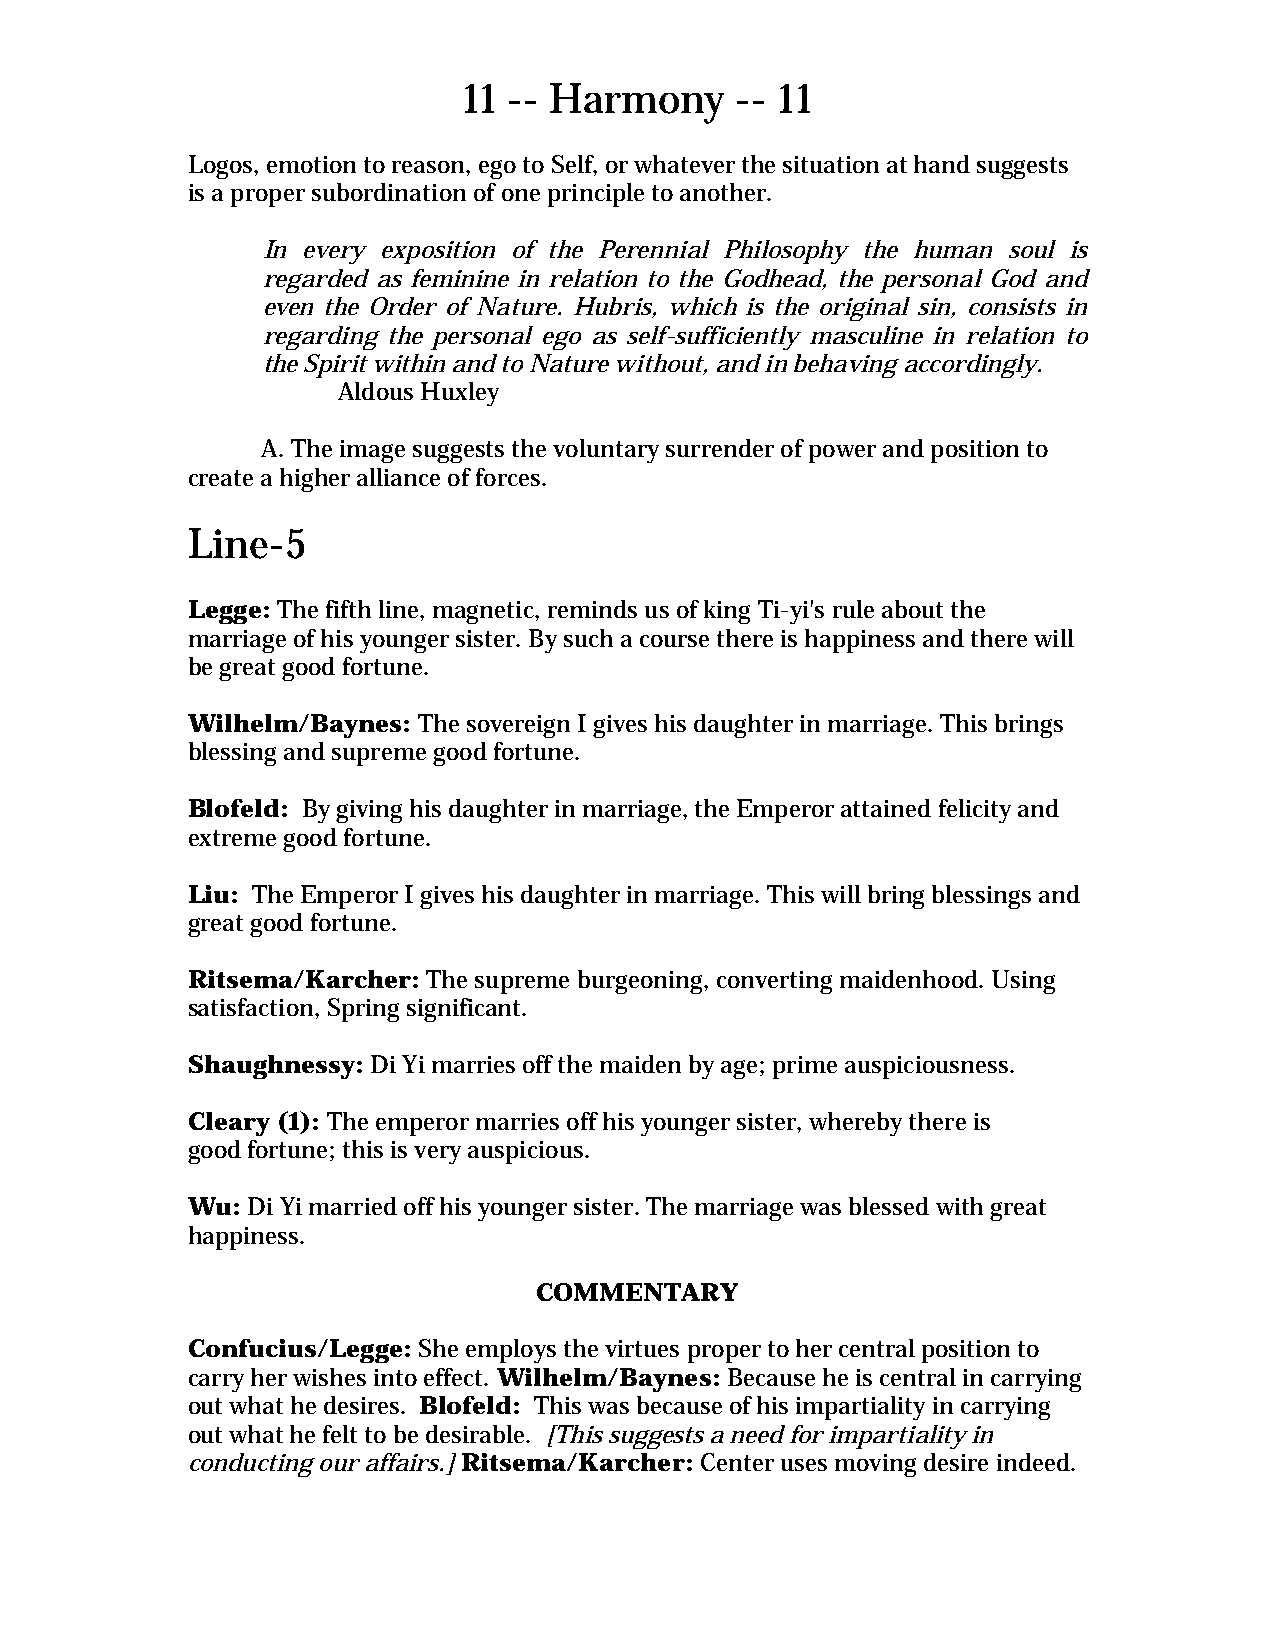
11 -- Harmony     -- 11
 Logos, emotion to reason, ego to Self, or whatever the situation at hand suggests
 is a proper subordination of one principle to another.
 In every exposition of the Perennial Philosophy the human soul is
 regarded as feminine in relation to the Godhead, the personal God and
 even the Order of Nature. Hubris, which is the original sin, consists in
 regarding the personal ego as self-sufficiently masculine in relation to
 the Spirit within and to Nature without, and in behaving accordingly.
 Aldous Huxley
 A. The image suggests the voluntary surrender of power and position to
 create a higher alliance of forces.
 Line-5
 Legge: The fifth line, magnetic, reminds us of king Ti-yi's rule about the
 marriage of his younger sister. By such a course there is happiness and there will
 be great good fortune.
 Wilhelm/Baynes: The sovereign I gives his daughter in marriage. This brings
 blessing and supreme good fortune.
 Blofeld: By giving his daughter in marriage, the Emperor attained felicity and
 extreme good fortune.
 Liu: The Emperor I gives his daughter in marriage. This will bring blessings and
 great good fortune.
 Ritsema/Karcher: The supreme burgeoning, converting maidenhood. Using
 satisfaction, Spring significant.
 Shaughnessy: Di Yi marries off the maiden by age; prime auspiciousness.
 Cleary (1): The emperor marries off his younger sister, whereby there is
 good fortune; this is very auspicious.
 Wu: Di Yi married off his younger sister. The marriage was blessed with great
 happiness.
 COMMENTARY
 Confucius/Legge: She employs the virtues proper to her central position to
 carry her wishes into effect. Wilhelm/Baynes: Because he is central in carrying
 out what he desires. Blofeld: This was because of his impartiality in carrying
 out what he felt to be desirable. [This suggests a need for impartiality in
 conducting our affairs.] Ritsema/Karcher: Center uses moving desire indeed.